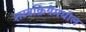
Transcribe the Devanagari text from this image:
शस्त्रक्रियेमधील